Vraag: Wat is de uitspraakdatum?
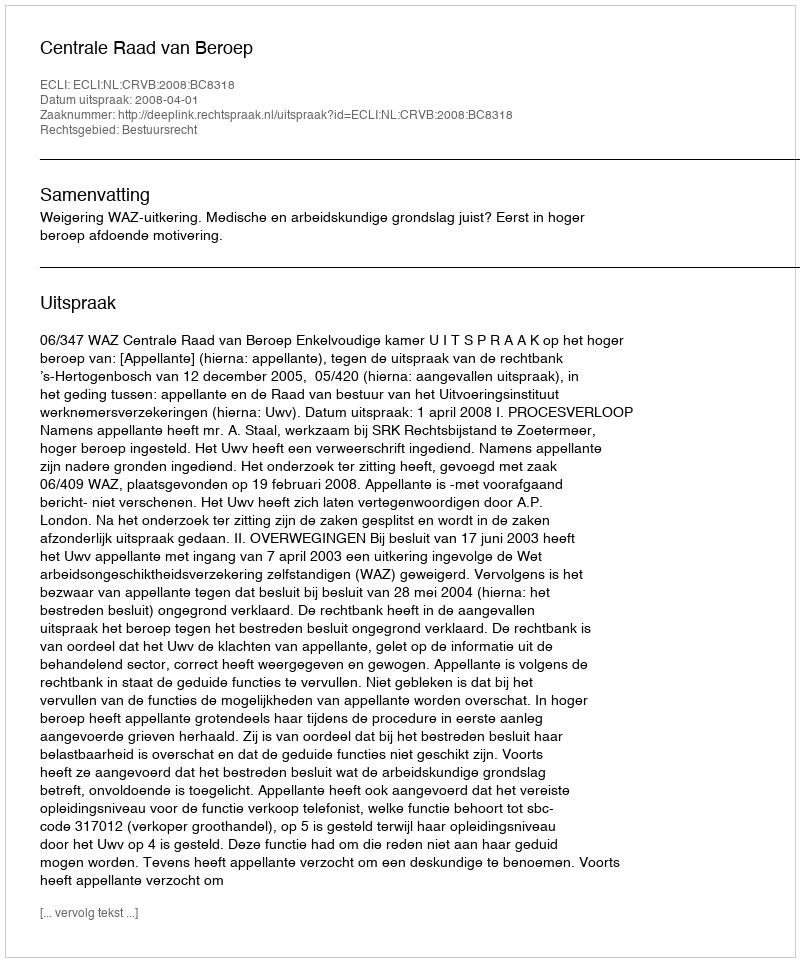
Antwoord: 2008-04-01